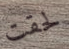
لحقت